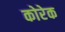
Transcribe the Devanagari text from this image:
कोरेक